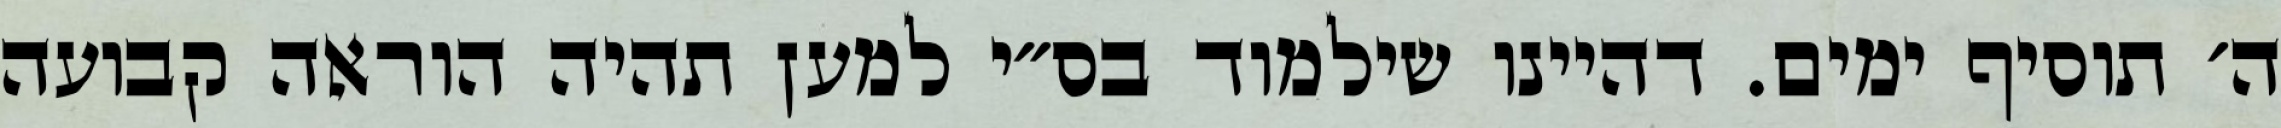
ה׳ תוסיף ימים. דהיינו שילמוד בס״י למען תהיה הוראה קבועה